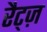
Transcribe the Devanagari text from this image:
रैट्ज़